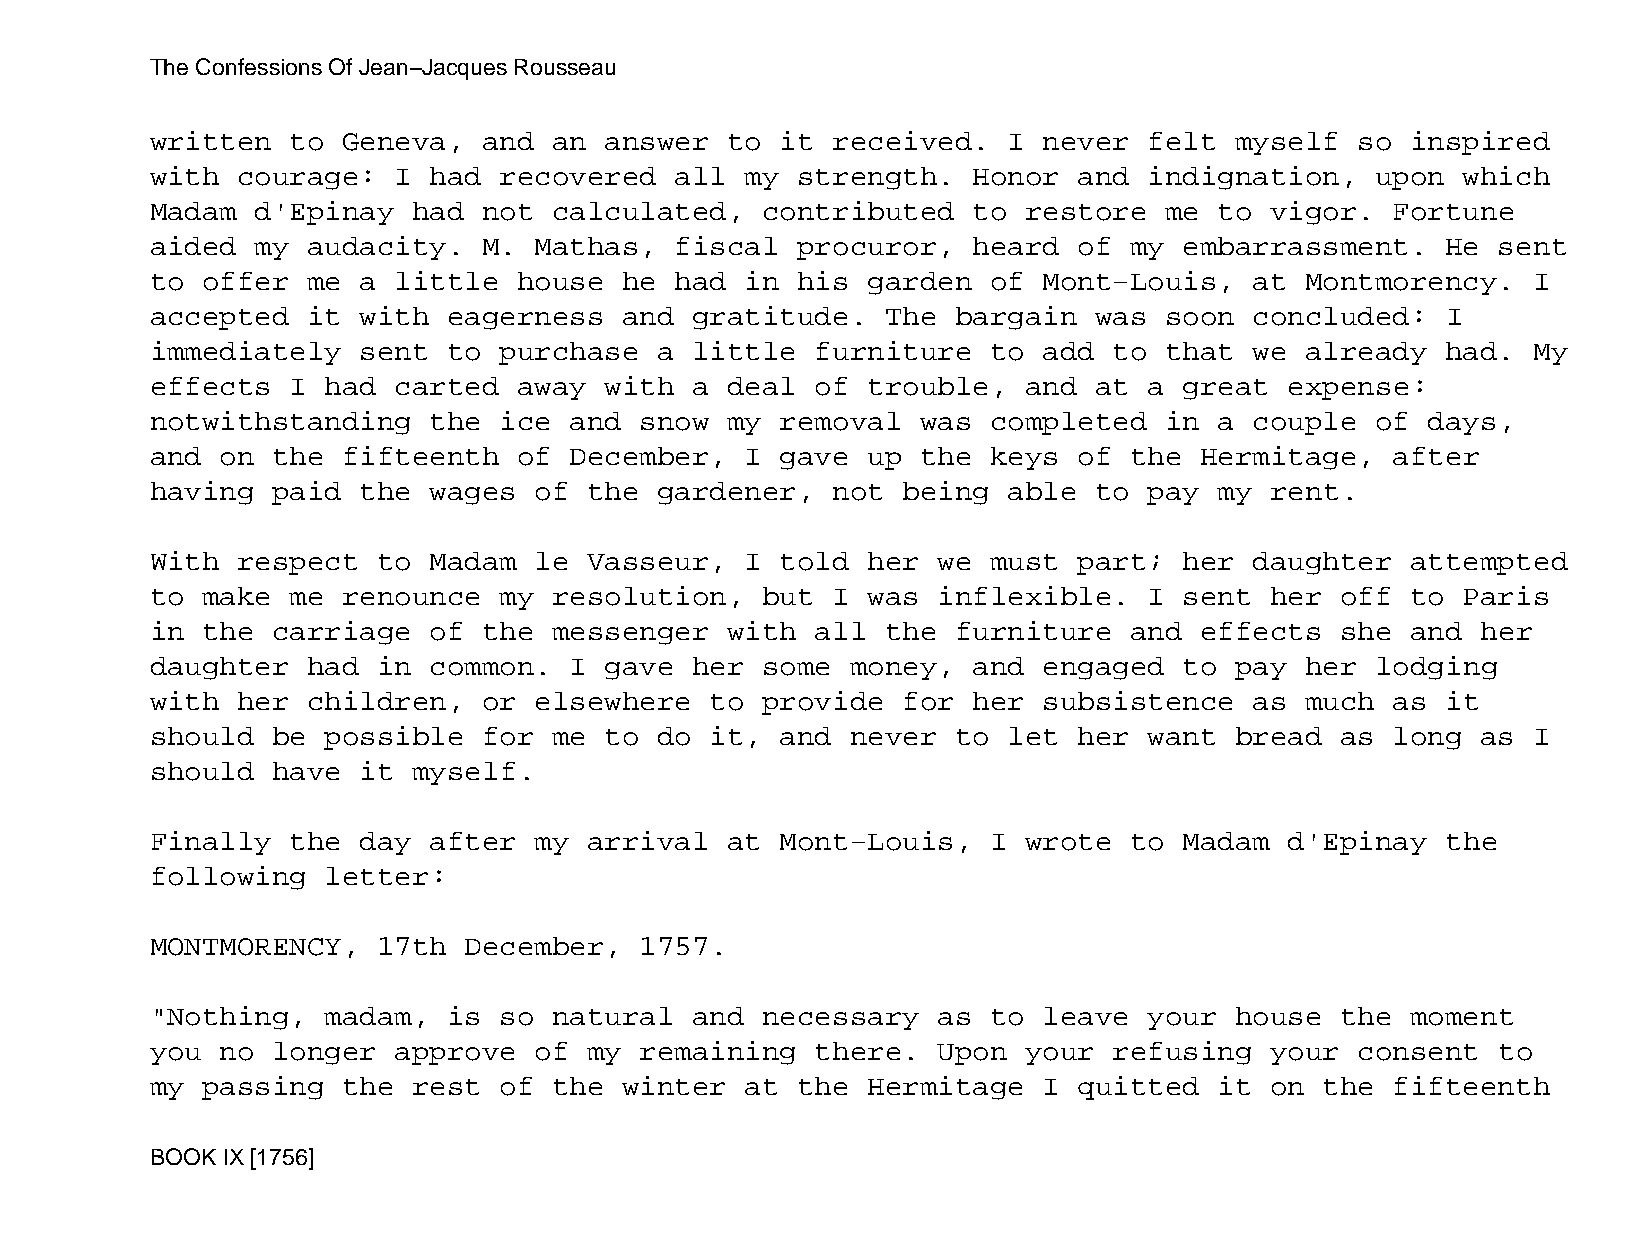
The Confessions Of Jean−Jacques Rousseau
 written  to  Geneva,  and  an answer  to  it received.   I never  felt  myself  so inspired
 with  courage:  I had  recovered   all my  strength.  Honor  and  indignation,   upon  which
 Madam  d'Epinay  had  not  calculated,  contributed   to  restore  me  to vigor.  Fortune
 aided  my audacity.   M. Mathas,   fiscal  procuror,  heard  of  my embarrassment.    He sent
 to offer  me  a little  house  he  had in  his garden   of Mont−Louis,   at Montmorency.   I
 accepted  it  with  eagerness  and  gratitude.   The bargain  was  soon  concluded:   I
 immediately   sent  to purchase   a little  furniture   to add  to that  we already   had. My
 effects  I  had carted  away  with  a deal  of trouble,   and at  a great  expense:
 notwithstanding   the  ice  and snow  my  removal  was  completed  in  a couple  of  days,
 and  on the  fifteenth  of  December,  I  gave up  the  keys of  the Hermitage,   after
 having  paid  the wages  of  the  gardener,  not  being  able to  pay  my rent.
 With  respect  to Madam  le  Vasseur,  I  told her  we  must part;  her  daughter  attempted
 to make  me  renounce  my  resolution,  but  I was  inflexible.   I sent  her  off to  Paris
 in the  carriage  of  the  messenger  with  all  the furniture   and effects   she and  her
 daughter  had  in common.   I gave  her some  money,  and  engaged  to  pay her  lodging
 with  her children,   or elsewhere   to provide   for her  subsistence   as much  as  it
 should  be  possible  for  me to  do it,  and never  to  let her  want  bread  as long  as I
 should  have  it myself.
 Finally  the  day after  my  arrival  at  Mont−Louis,   I wrote  to Madam  d'Epinay   the
 following   letter:
 MONTMORENCY,   17th  December,  1757.
 "Nothing,   madam,  is so  natural  and necessary   as  to leave  your  house  the moment
 you  no longer  approve  of  my remaining   there.  Upon  your  refusing  your  consent  to
 my passing   the rest  of  the winter  at  the Hermitage   I quitted   it on  the fifteenth
 BOOK IX [1756]